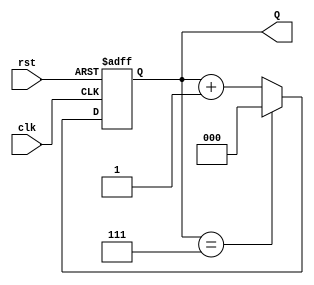
module up_counter_moore #(
    parameter N = 3  // Number of bits for the counter
) (
    input wire clk,      // Clock signal
    input wire rst,      // Asynchronous reset signal
    output reg [N-1:0] Q // Output count in binary
);

    // State transition logic
    always @(posedge clk or posedge rst) begin
        if (rst) begin
            Q <= 0; // Reset the counter to 0
        end else begin
            if (Q == (1 << N) - 1) begin
                Q <= 0; // Wrap around to 0 if max value is reached
            end else begin
                Q <= Q + 1; // Increment the counter
            end
        end
    end

endmodule